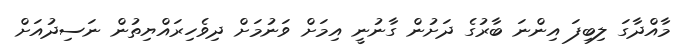
މާއްދާގަ ލިބިފަ އިންނަ ބާރުގެ ދަށުން ގާނުނީ އިމަށް ވަނުމަށް ދިވެހިރައްޔިތުން ނަސިދުއަށް